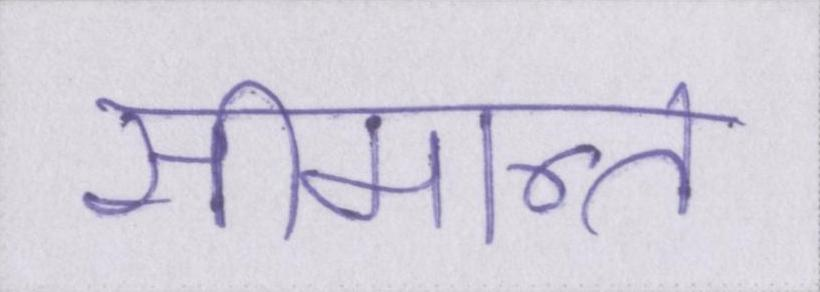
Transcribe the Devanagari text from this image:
सीमान्त